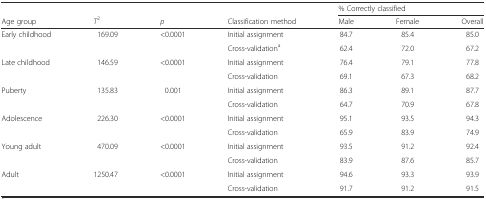
<table><thead><tr><td></td><td></td><td></td><td></td><td colspan="3"><b>% Correctly classified</b></td></tr><tr><td><b>Age group</b></td><td><b><i>T</i><sup>2</sup></b></td><td><b><i>p</i></b></td><td><b>Classification method</b></td><td><b>Male</b></td><td><b>Female</b></td><td><b>Overall</b></td></tr></thead><tbody><tr><td rowspan="2">Early childhood</td><td rowspan="2">169.09</td><td rowspan="2">&lt;0.0001</td><td>Initial assignment</td><td>84.7</td><td>85.4</td><td>85.0</td></tr><tr><td>Cross-validation<sup>a</sup></td><td>62.4</td><td>72.0</td><td>67.2</td></tr><tr><td rowspan="2">Late childhood</td><td rowspan="2">146.59</td><td rowspan="2">&lt;0.0001</td><td>Initial assignment</td><td>76.4</td><td>79.1</td><td>77.8</td></tr><tr><td>Cross-validation</td><td>69.1</td><td>67.3</td><td>68.2</td></tr><tr><td rowspan="2">Puberty</td><td rowspan="2">135.83</td><td rowspan="2">0.001</td><td>Initial assignment</td><td>86.3</td><td>89.1</td><td>87.7</td></tr><tr><td>Cross-validation</td><td>64.7</td><td>70.9</td><td>67.8</td></tr><tr><td rowspan="2">Adolescence</td><td rowspan="2">226.30</td><td rowspan="2">&lt;0.0001</td><td>Initial assignment</td><td>95.1</td><td>93.5</td><td>94.3</td></tr><tr><td>Cross-validation</td><td>65.9</td><td>83.9</td><td>74.9</td></tr><tr><td rowspan="2">Young adult</td><td rowspan="2">470.09</td><td rowspan="2">&lt;0.0001</td><td>Initial assignment</td><td>93.5</td><td>91.2</td><td>92.4</td></tr><tr><td>Cross-validation</td><td>83.9</td><td>87.6</td><td>85.7</td></tr><tr><td rowspan="2">Adult</td><td rowspan="2">1250.47</td><td rowspan="2">&lt;0.0001</td><td>Initial assignment</td><td>94.6</td><td>93.3</td><td>93.9</td></tr><tr><td>Cross-validation</td><td>91.7</td><td>91.2</td><td>91.5</td></tr></tbody></table>